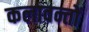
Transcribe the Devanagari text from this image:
कलावन्तों